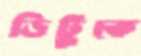
ডিটুকে